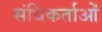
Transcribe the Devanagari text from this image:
संधिकर्ताओं